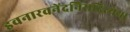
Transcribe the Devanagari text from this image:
इवनारवनेंदनिसदिरयया